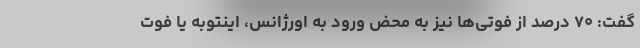
گفت: ۷۰ درصد از فوتی‌ها نیز به محض ورود به اورژانس، اینتوبه یا فوت